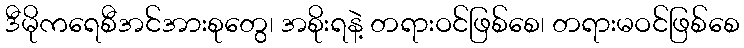
ဒီမိုကရေစီအင်အားစုတွေ၊ အစိုးရနဲ့ တရားဝင်ဖြစ်စေ၊ တရားမဝင်ဖြစ်စေ